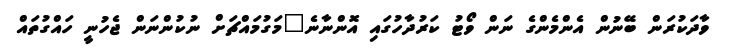
ވާދަކުރަން ބޭނުން އެންމެންގެ ނަން ވޯޓު ކަރުދާހުގައި އޮންނާނެ"މަގުމައްޗަށް ނުކުންނަން ޖެހުނީ ހައްގުތައް